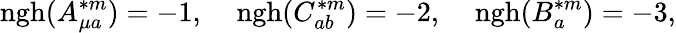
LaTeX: \mathrm{ngh}(A_{\mu a}^{\ast m})=-1,\; \; \; \; \mathrm{ngh}(C_{ab}^{\ast m})=-2,\; \; \; \; \mathrm{ngh}(B_{a}^{\ast m})=-3,